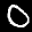
Label: 0